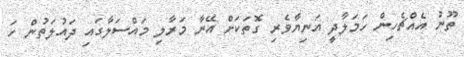
ތޫނު އެއްޗެހިން ހަމަލާދީ އަނިޔާވެރި ގޮތަކަށް އޭނާ މަރާލި މައްސަލާގައި ދައުލަތުން ހަ